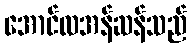
အောင်လအန်ဆန်သည်